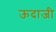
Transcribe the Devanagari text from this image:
ऊदाजी